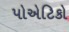
પોએટિકો